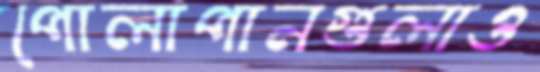
পোলাপানগুলাও